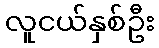
လူငယ်နှစ်ဦး